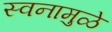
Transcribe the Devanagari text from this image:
स्वनामुळे